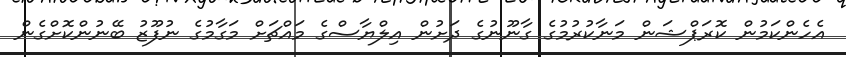
އެހެންކަމުން ކޮރަޕްޝަން މަނާކުރުމުގެ ގާނޫނުގެ ދަށުން އިލްޔާސްގެ މައްޗަށް މަގާމުގެ ނުފޫޒު ބޭނުންކޮށްގެން